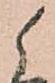
候